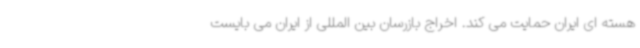
هسته ای ایران حمایت می کند. اخراج بازرسان بین المللی از ایران می بایست